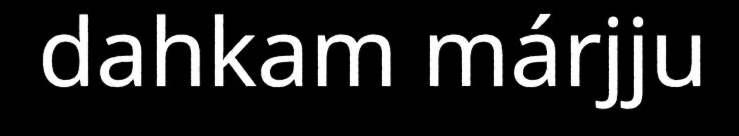
dahkam márjju